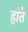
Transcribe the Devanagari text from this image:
हा॓ते